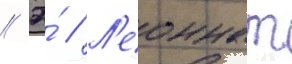
// Э́ // Л'еоннат